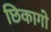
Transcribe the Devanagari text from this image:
छिकागो